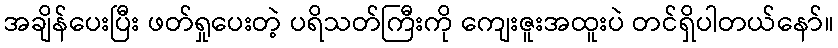
အချိန်ပေးပြီး ဖတ်ရှုပေးတဲ့ ပရိသတ်ကြီးကို ကျေးဇူးအထူးပဲ တင်ရှိပါတယ်နော်။